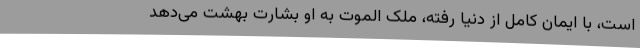
است، با ایمان کامل از دنیا رفته، ملک الموت به او بشارت بهشت می‌دهد